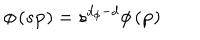
\phi \left( s { \bf p } \right) = s ^ { d _ { \phi } - d } \phi \left( { \bf p } \right)